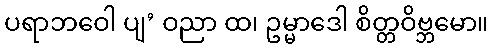
ပရာဘဝေါ ပျ’ ဝညာ ထ၊ ဥမ္မာဒေါ စိတ္တဝိဗ္ဘမော။